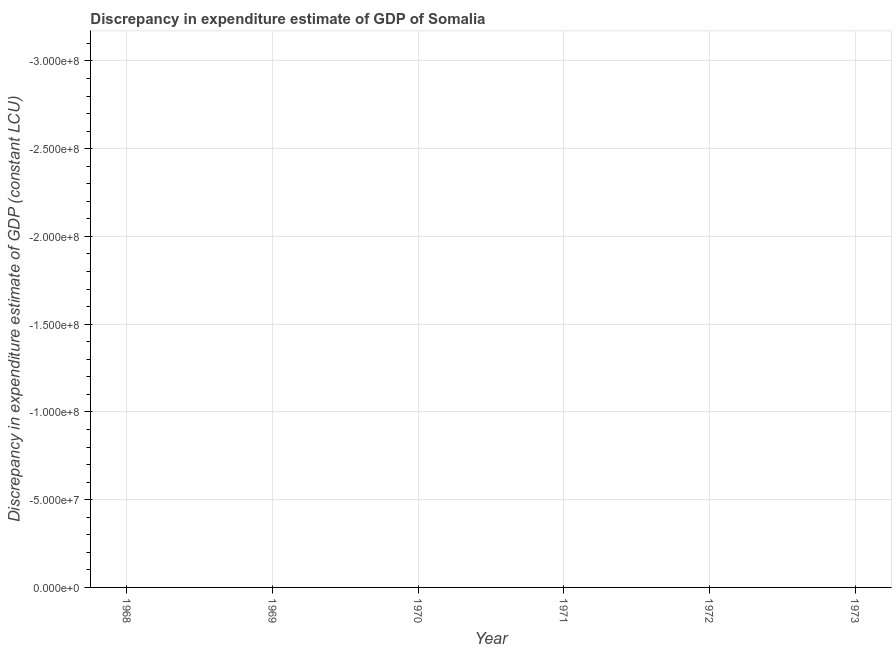
| Year | Discrepancy constant LCU |
 | --- | --- |
 | 1968 | -3.2e+09 |
 | 1969 | -3.18e+09 |
 | 1970 | -3.23e+09 |
 | 1971 | -4.34e+09 |
 | 1972 | -5.09e+08 |
 | 1973 | -1.23e+09 |